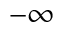
- \infty